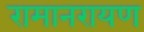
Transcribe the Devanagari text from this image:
रामानरायण